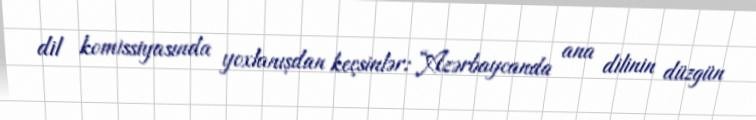
dil komissiyasında yoxlanışdan keçsinlər: “Azərbaycanda ana dilinin düzgün